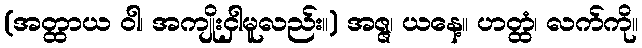
(အတ္ထာယ ဝါ၊ အကျိုးငှါမူလည်း။) အဇ္ဇ၊ ယနေ့။ ဟတ္ထံ၊ လက်ကို။